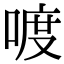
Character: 喥